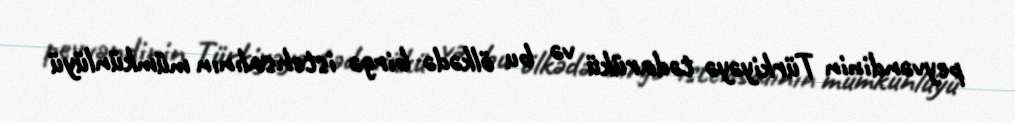
peyvəndinin Türkiyəyə tədarükü və bu ölkədə birgə istehsalının mümkünlüyü